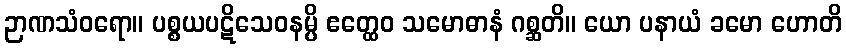
ဉာဏသံဝရော။ ပစ္စယပဋိသေဝနမ္ပိ ဧတ္ထေဝ သမောဓာနံ ဂစ္ဆတိ။ ယော ပနာယံ ခမော ဟောတိ